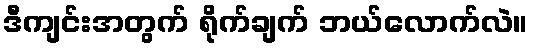
ဒီကျင်းအတွက် ရိုက်ချက် ဘယ်လောက်လဲ။